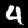
Label: 4